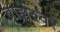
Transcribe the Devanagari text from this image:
ब्राह्मेश्‍वर